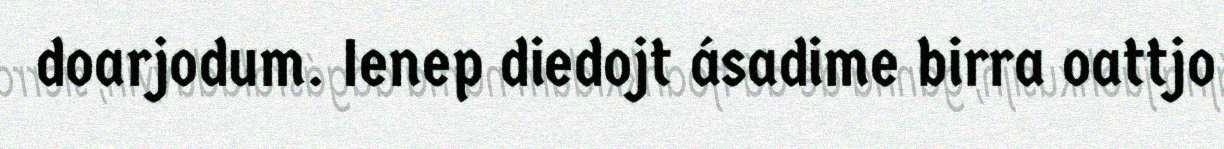
doarjodum. Ienep diedojt ásadime birra oattjo